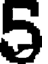
5